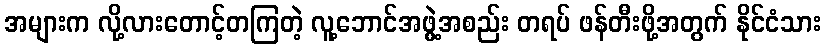
အများက လို့လားတောင့်တကြတဲ့ လူ့ဘောင်အဖွဲ့အစည်း တရပ် ဖန်တီးဖို့အတွက် နိုင်ငံသား